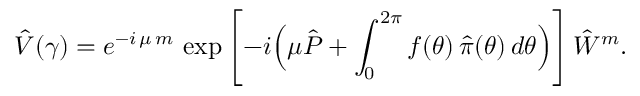
\hat { V } ( \gamma ) = e ^ { - i \, \mu \, m } \, \exp \left[ - i \Bigl ( \mu \hat { P } + \int _ { 0 } ^ { 2 \pi } f ( \theta ) \, \hat { \pi } ( \theta ) \, d \theta \Bigr ) \right] \hat { W } ^ { m } .